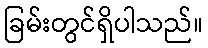
ခြမ်းတွင်ရှိပါသည်။